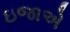
ઇજાએ